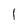
Character: 1